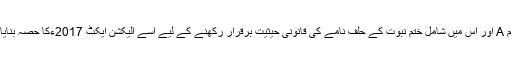
اس فارم A اور اس میں شامل ختم نبوت کے حلف نامے کی قانونی حیثیت برقرار رکھنے کے لیے اسے الیکشن ایکٹ 2017ءکا حصہ بنایا جائے۔